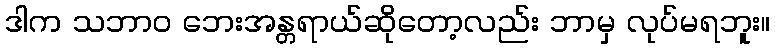
ဒါက သဘာဝ ဘေးအန္တရာယ်ဆိုတော့လည်း ဘာမှ လုပ်မရဘူး။